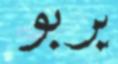
يربو